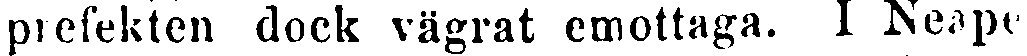
prefekten dock vägrat emottaga. I Neapel